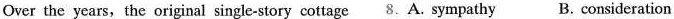
Over the years, the original single-story cottage 8.A. sympathy B. consideration